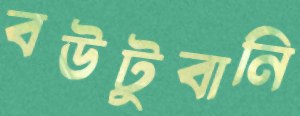
বউটুবানি